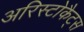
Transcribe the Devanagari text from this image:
अरिस्टोकैट्स